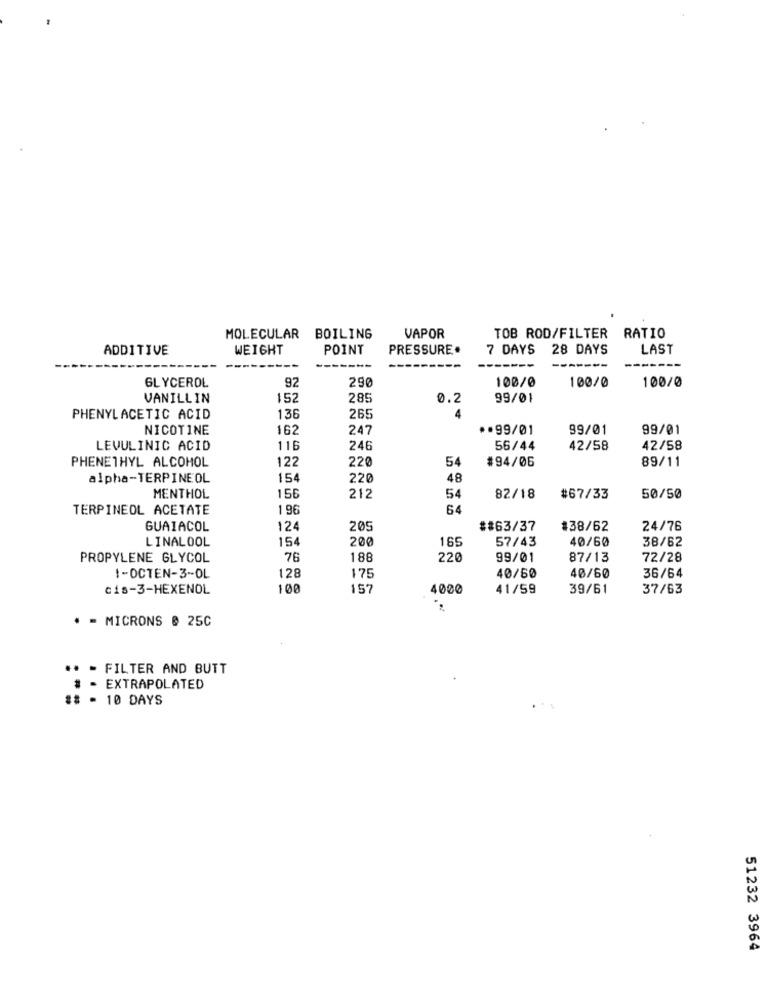
MOLECULAR BOILING
VAPOR
TOB ROD/FILTER RATIO
ADDITIVE
WEIGHT
POINT
PRESSURE.
7 DAYS 28 DAYS
LAST
---
---
---
GLYCEROL
92
100/0
290
100/0
100/0
VANILLIN
152
285
0.2
99/01
PHENYLACETIC ACID
136
265
4
NICOTINE
162
247
.. 99/01
99/01
99/01
LEVULINIC ACID
116
246
56/44
42/58
42/58
PHENETHYL ALCOHOL
122
220
54
#94/06
89/11
alpha-TERPINEOL
154
220
48
156
MENTHOL
212
54
82/18
#67/33
50/50
TERPINEOL ACETATE
196
64
GUAIACOL
12
205
##63/37
#38/62
24/76
LINALOOL
154
200
169
57/43
40/60
38/62
PROPYLENE GLYCOL
76
188
220
99/01
87/13
72/28
1-OCTEN-3-OL
128
175
40/50
40/60
36/64
cis-3-HEXENOL
100
157
4000
41/59
39/61
37/63
. - MICRONS @ 25C
** - FILTER AND BUTT
# - EXTRAPOLATED
## - 10 DAYS
51232 3964